Leaving Certificate Examination (including Day School Certificate (Higher) General paper), 1937
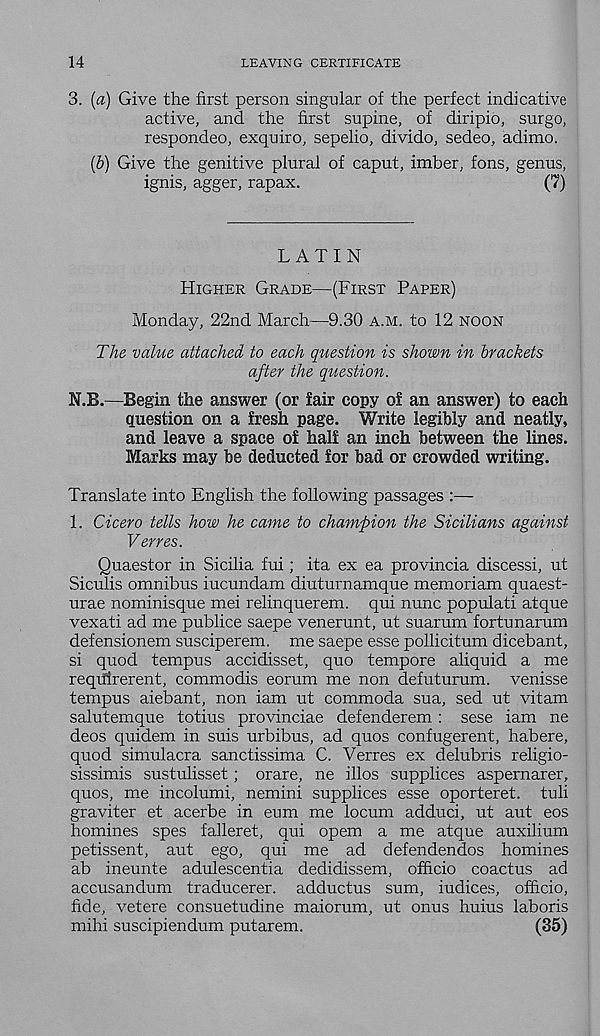
14
LEAVING CERTIFICATE
3. (a) Give the first person singular of the perfect indicative
active, and the first supine, of diripio, surgo,
respondeo, exquiro, sepelio, divide, sedeo, adimo.
(&) Give the genitive plural of caput, imber, fons, genus,
ignis, agger, rapax.
(7)
LATIN
HIGHER GRADE—(FIRST PAPER)
Monday, 22nd March—9.30 A.M. to 12 NOON
The value attached to each question is shown in brackets
after the question.
N.B.—Begin the answer (or fair copy of an answer) to each
question on a fresh page. Write legibly and neatly,
and leave a space of half an inch between the lines.
Marks may be deducted for bad or crowded writing.
Translate into English the following passages :—
1. Cicero tells how he came to champion the Sicilians against
Verves.
Quaestor in Sicilia fui; ita ex ea provincia discessi, ut
Siculis omnibus iucundam diuturnamque memoriam quaest-
urae nominisque mei relinquerem. qui nunc populati atque
vexati ad me publice saepe venerunt, ut suarum fortunarum
defensionem susciperem. me saepe esse pollicitum dicebant,
si quod tempus accidisset, quo tempore aliquid a me
reqifirerent, commodis eorum me non defuturum. venisse
tempus aiebant, non iam ut commoda sua, sed ut vitam
salutemque totius provinciae defenderem: sese iam ne
decs quidem in suis urbibus, ad quos confugerent, habere,
quod simulacra sanctissima C. Verres ex delubris religio-
sissimis sustulisset; orare, ne illos supplices aspemarer,
quos, me incolumi, nemini supplices esse oporteret. tuli
graviter et acerbe in eum me locum adduci, ut aut eos
homines spes falleret, qui opem a me atque auxilium
petissent, aut ego, qui me ad defendendos homines
ab ineunte adulescentia dedidissem, officio coactus ad
accusandum traducerer. adductus sum, iudices, officio,
fide, vetere consuetudine maiorum, ut onus huius laboris
mihi suscipiendum putarem.
(35)